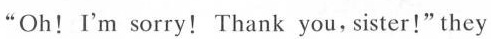
"Oh!I'm sorry!Thank you,sister!" they